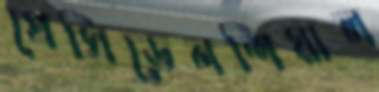
প্রেসিডেনশিয়াল